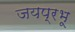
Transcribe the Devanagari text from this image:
जयप्रभू